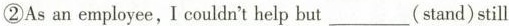
②As an employee, I couldn't help but___(stand) still